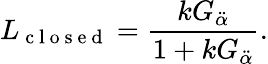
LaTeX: L_{\mathrm{~c~l~o~s~e~d~}}=\frac{kG_{\ddot{\alpha}}}{1+kG_{\ddot{\alpha}}}.